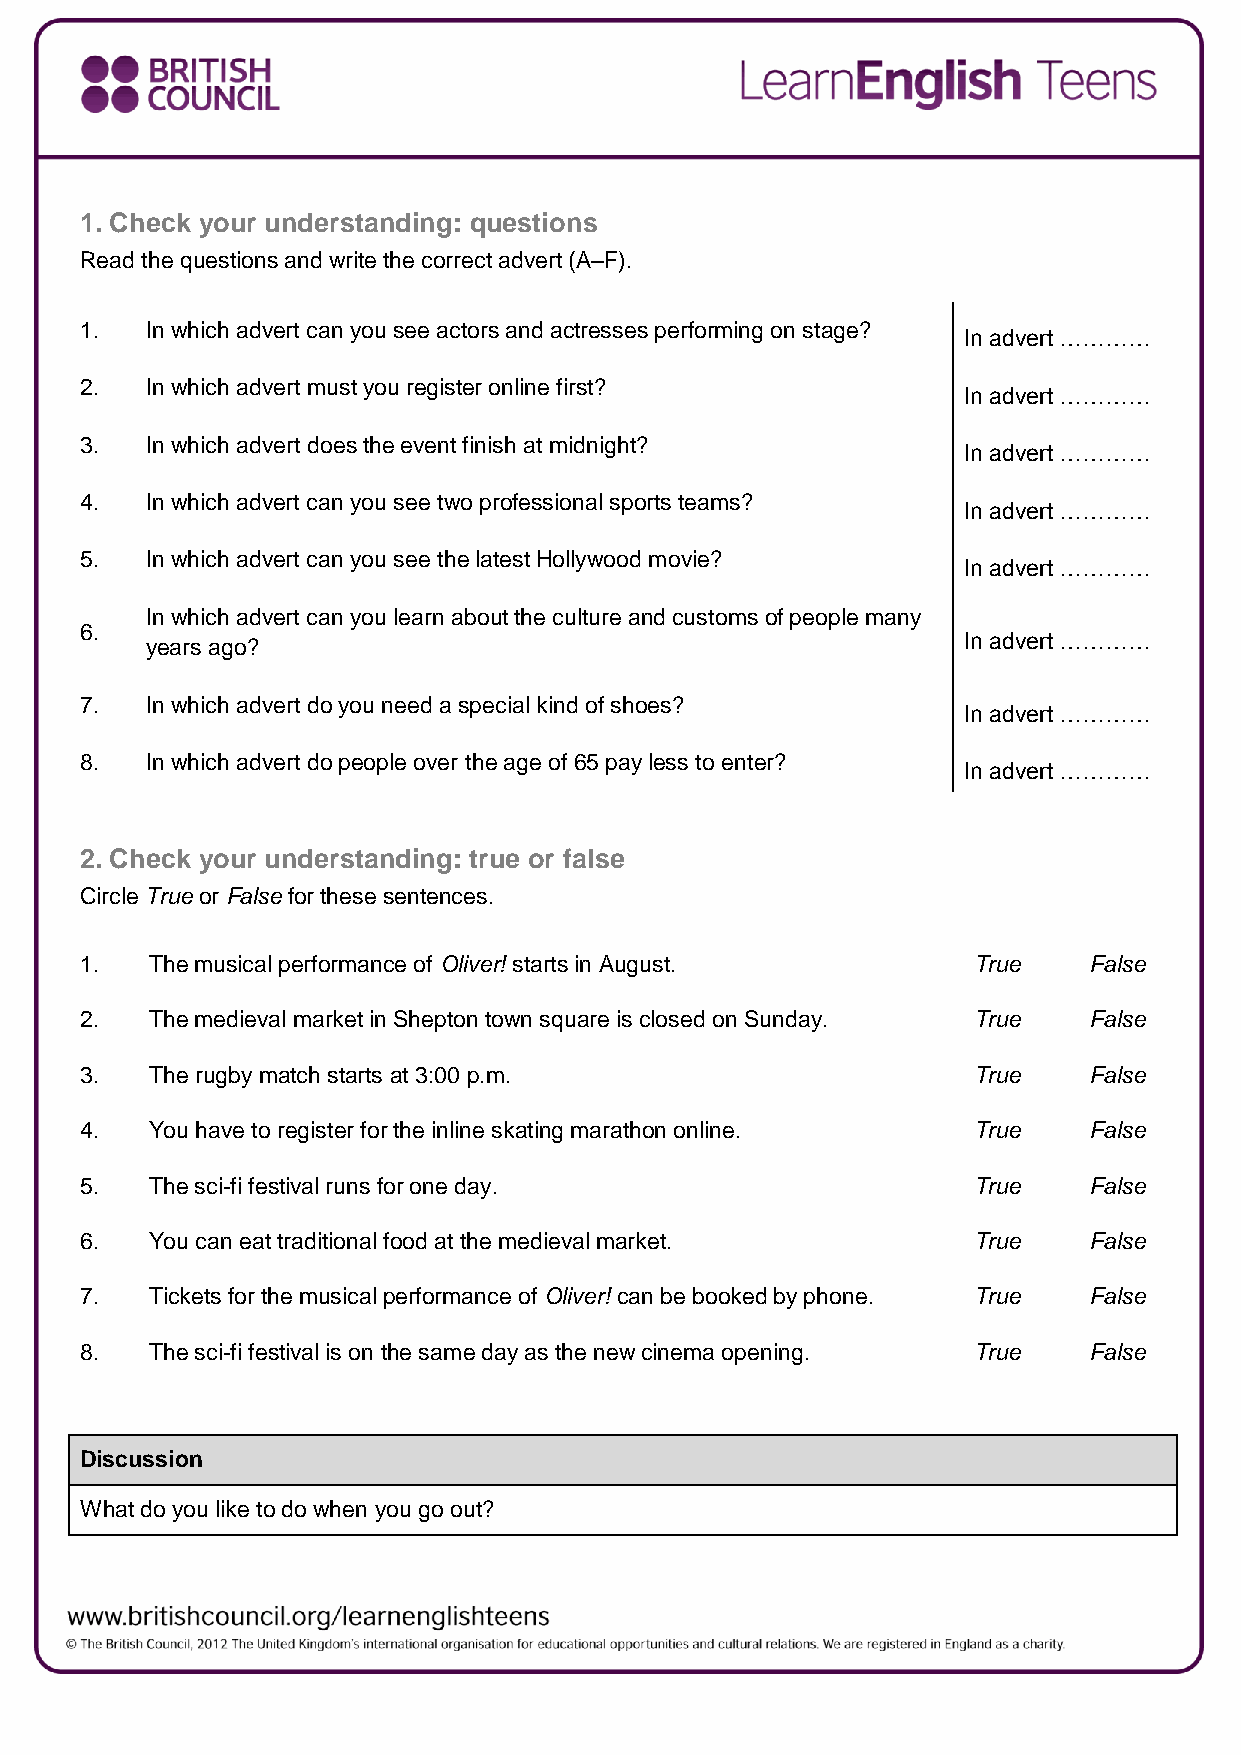
1. Check your understanding: questions
 Read the questions and write the correct advert (A–F).
 1.   In which advert can you see actors and actresses performing on stage?
 In advert …………
 2.   In which advert must you register online first?
 In advert …………
 3.   In which advert does the event finish at midnight?
 In advert …………
 4.   In which advert can you see two professional sports teams?
 In advert …………
 5.   In which advert can you see the latest Hollywood movie?
 In advert …………
 In which advert can you learn about the culture and customs of people many
 6.
 In advert …………
 years ago?
 7.   In which advert do you need a special kind of shoes?
 In advert …………
 8.   In which advert do people over the age of 65 pay less to enter?
 In advert …………
 2. Check your understanding: true or false
 Circle True or False for these sentences.
 1.   The musical performance of Oliver! starts in August.  True    False
 2.   The medieval market in Shepton town square is closed on Sunday. True False
 3.   The rugby match starts at 3:00 p.m.                   True    False
 4.   You have to register for the inline skating marathon online. True False
 5.   The sci-fi festival runs for one day.                 True    False
 6.   You can eat traditional food at the medieval market.  True    False
 7.   Tickets for the musical performance of Oliver! can be booked by phone. True False
 8.   The sci-fi festival is on the same day as the new cinema opening. True False
 Discussion
 What do you like to do when you go out?